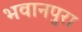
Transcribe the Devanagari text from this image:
भवानपुरा